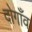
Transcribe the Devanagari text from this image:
दोगाँव